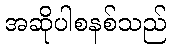
အဆိုပါစနစ်သည်